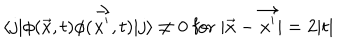
\langle j | \phi ( \vec { x } , t ) \phi ( \vec { x ^ { \prime } } , t ) | j \rangle \not = 0 \; \mathrm { f o r } \; | \vec { x } - \vec { x ^ { \prime } } | = 2 | t |